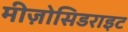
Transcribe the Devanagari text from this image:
मीज़ोसिडराइट